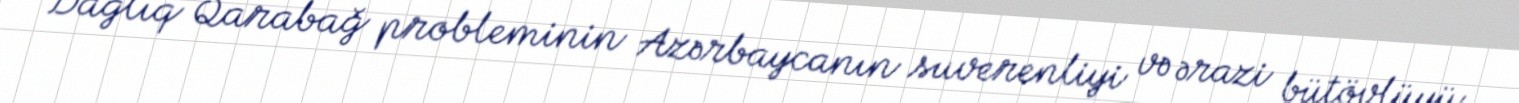
Dağlıq Qarabağ probleminin Azərbaycanın suverenliyi və ərazi bütövlüyü